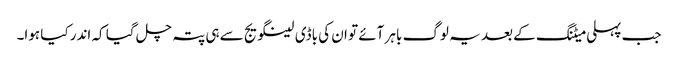
جب پہلی میٹنگ کے بعد یہ لوگ باہر آئے تو ان کی باڈی لینگویج سے ہی پتہ چل گیا کہ اندر کیا ہوا۔